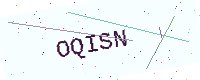
Text: OQISN